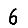
Digit: 6